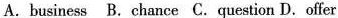
A. business B. chance C.question D.Offer